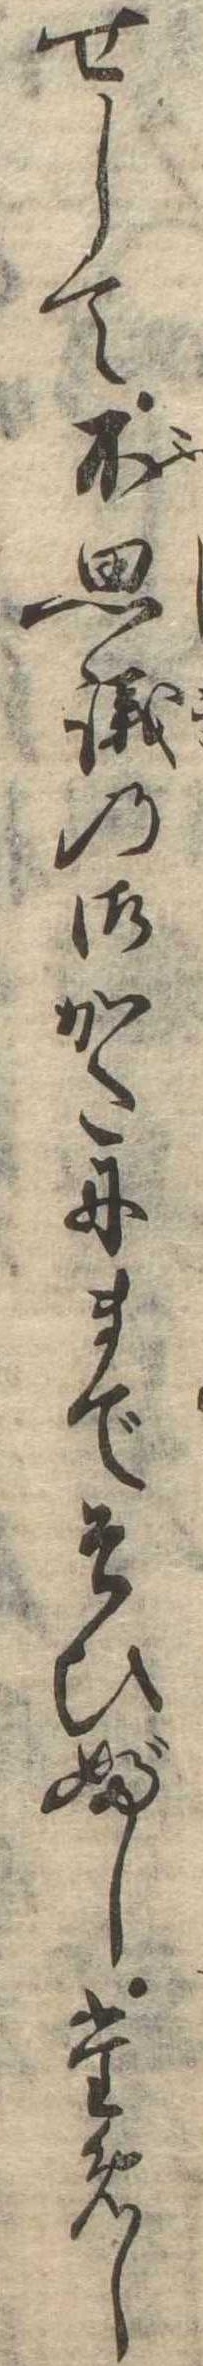
せして不思議の御かたにまでそひぶしためし